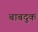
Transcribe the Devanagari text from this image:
बाबदूक